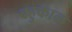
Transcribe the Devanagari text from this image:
बहुकाळ